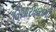
વિચારધારાની